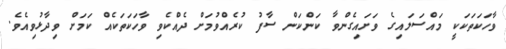
ވާހަކަތަކަކީ މައްސަލައިގެ ވަށައިގެންވާ ކަންކަން ސާފު ކުރެއްވުމަށް ދެއްކެވި ވާހަކަތަކެއް ކަމަށް ވިދާޅުވިއެވެ.